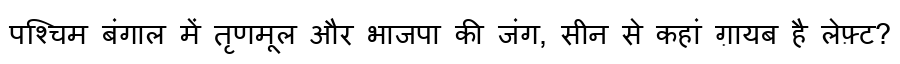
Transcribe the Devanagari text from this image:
पश्चिम बंगाल में तृणमूल और भाजपा की जंग, सीन से कहां ग़ायब है लेफ़्ट?